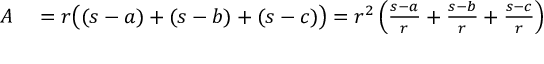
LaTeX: \begin{array} { r l } { A } & { { } = r { \big ( } ( s - a ) + ( s - b ) + ( s - c ) { \big ) } = r ^ { 2 } \left( { \frac { s - a } { r } } + { \frac { s - b } { r } } + { \frac { s - c } { r } } \right) } \end{array}